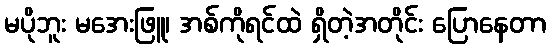
မပိုဘူး မအေးဖြူ၊ အစ်ကိုရင်ထဲ ရှိတဲ့အတိုင်း ပြောနေတာ